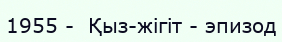
1955 -  Қыз-жігіт - эпизод